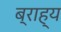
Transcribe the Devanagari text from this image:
ब्राह्य